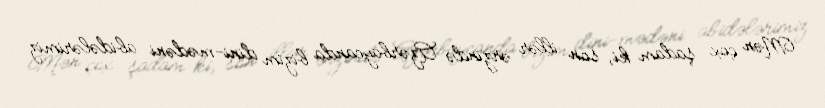
Mən çox şadam ki, son illər ərzində Azərbaycanda bizim dini-mədəni abidələrimiz